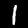
Label: 1